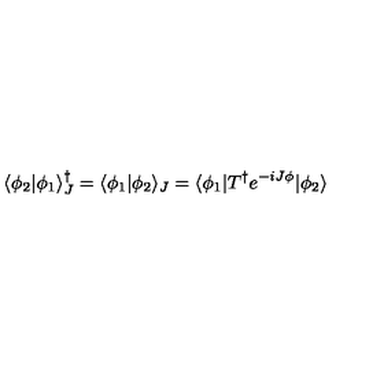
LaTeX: \langle \phi _ { 2 } | \phi _ { 1 } \rangle _ { J } ^ { \dagger } = \langle \phi _ { 1 } | \phi _ { 2 } \rangle _ { J } = \langle \phi _ { 1 } | T ^ { \dagger } e ^ { - i J \phi } | \phi _ { 2 } \rangle